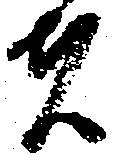
者